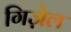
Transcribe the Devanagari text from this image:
गिज़ेल